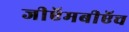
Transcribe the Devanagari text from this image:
जीऍमबीऍच